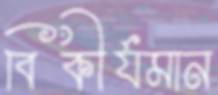
বিকীর্যমান